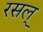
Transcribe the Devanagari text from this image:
रसल्